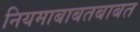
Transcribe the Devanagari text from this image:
नियमाबाबतबाबत